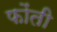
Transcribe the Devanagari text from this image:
फोंती